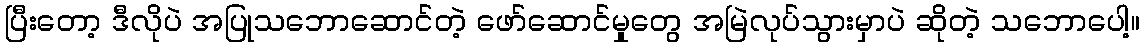
ပြီးတော့ ဒီလိုပဲ အပြုသဘောဆောင်တဲ့ ဖော်ဆောင်မှုတွေ အမြဲလုပ်သွားမှာပဲ ဆိုတဲ့ သဘောပေါ့။